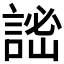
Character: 𧨨